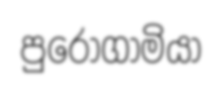
පුරෝගාමියා